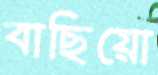
বাছিয়ো